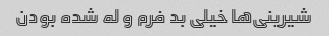
شیرینی‌ها خیلی بد فرم و له شده بودن